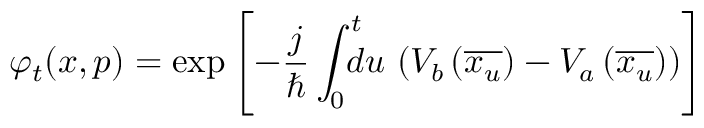
\varphi _ { t } ( x , p ) = \exp \left[ - \frac { j } { \hbar } \int _ { 0 } ^ { t } \! \! \! \! d u \, \left( V _ { b } \left( \overline { { x _ { u } } } \right) - V _ { a } \left( \overline { { x _ { u } } } \right) \right) \right]